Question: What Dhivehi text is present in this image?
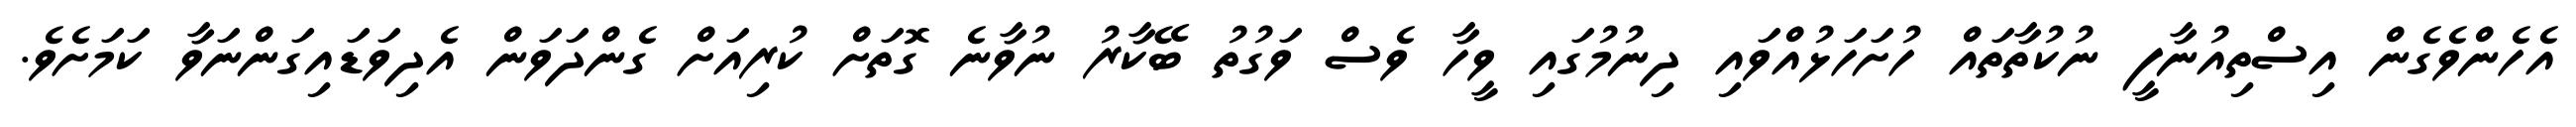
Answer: އެހެންވެގެން އިސްތިއުނާފީ ނުކުތާތައް ހުށަހަޅުއްވައި ދިނުމުގައި ވީހާ ވެސް ވަގުތު ބޭކާރު ނުވާނެ ގޮތަށް ކުރިއަށް ގެންދަވަން އެދިވަޑައިގަންނަވާ ކަމަށެވެ.